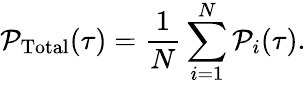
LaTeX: \mathcal{P}_{\mathrm{Total}}(\tau)=\frac{1}{N}\sum_{i=1}^{N}\mathcal{P}_{i}(\tau).